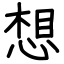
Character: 想